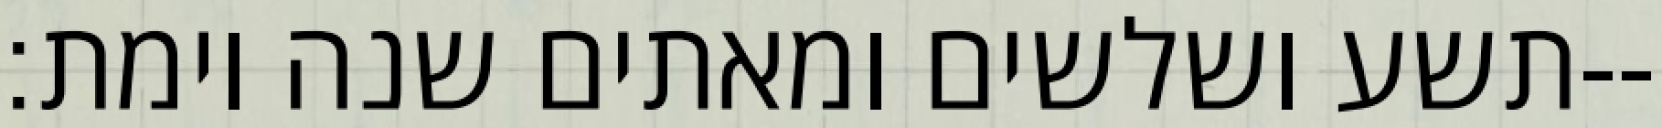
תשע ושלשים ומאתים שנה וימת׃--